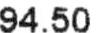
94.5